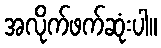
အလိုက်ဖက်ဆုံးပါ။